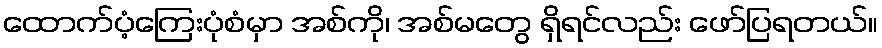
ထောက်ပံ့ကြေးပုံစံမှာ အစ်ကို၊ အစ်မတွေ ရှိရင်လည်း ဖော်ပြရတယ်။